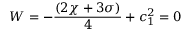
W = - \frac { ( 2 \chi + 3 \sigma ) } { 4 } + c _ { 1 } ^ { 2 } = 0